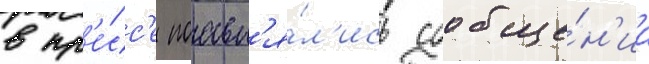
в пр'е́сс'е поавл'я́л'ись сообще́н'иа